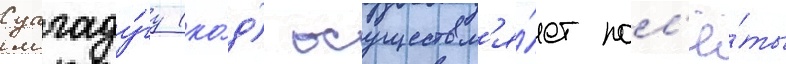
уагаду́гу (ко́д) осуществл'я́ет пол'ё́ты